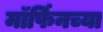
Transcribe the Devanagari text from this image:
मॉर्फिनच्या